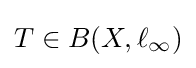
T\in B(X,\ell _{\infty })